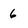
Character: 6